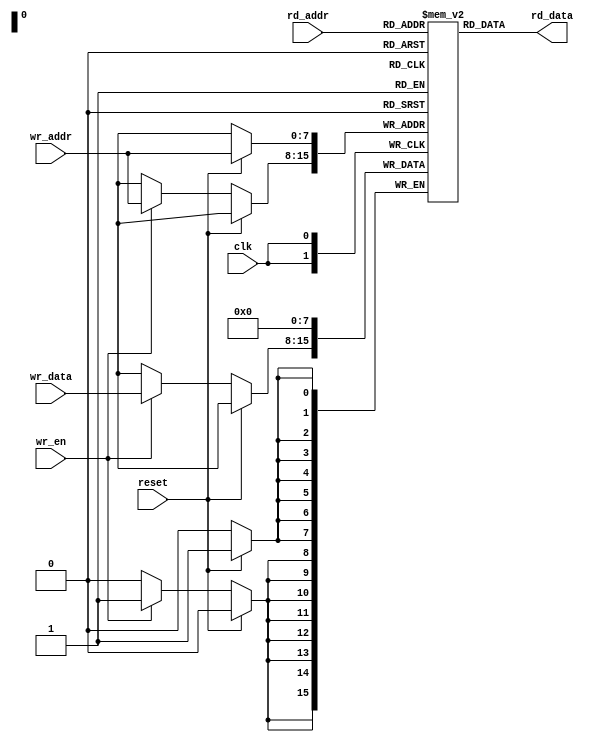
module dual_port_ram (
    input clk,
    input reset,
    // Write Port
    input wr_en,
    input [7:0] wr_addr,
    input [7:0] wr_data,
    // Read Port
    input [7:0] rd_addr,
    output reg [7:0] rd_data
);

reg [7:0] mem [0:255]; // 256x8 dual-port RAM

// Write Port
always @(posedge clk) begin
    if (reset) begin
        mem[wr_addr] <= 8'h00; // Initialize memory
    end else begin
        if (wr_en) begin
            mem[wr_addr] <= wr_data; // Write data to memory
        end
    end
end

// Read Port
always @(*) begin
    rd_data = mem[rd_addr]; // Read data from memory
end

endmodule